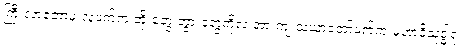
ကြီးလာတော့မှ လူ့ဖက်က ဘိုးတွေ ဘွားတွေကိုလဲ အားကျ သံဃာတော်ဖက်က မဟာဝိသုဒ္ဓါရုံ